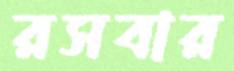
রসবার